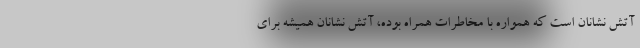
آتش نشانان است که همواره با مخاطرات همراه بوده، آتش نشانان همیشه برای